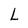
Character: L